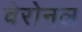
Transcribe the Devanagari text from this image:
वेरोनल